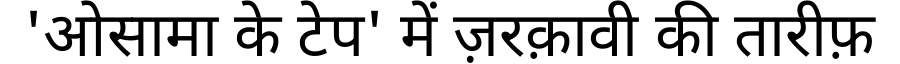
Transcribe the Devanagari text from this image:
'ओसामा के टेप' में ज़रक़ावी की तारीफ़